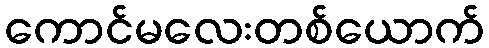
ကောင်မလေးတစ်ယောက်